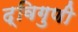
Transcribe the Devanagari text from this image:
द्विगुणी